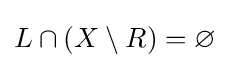
L\cap (X\setminus R)=\varnothing